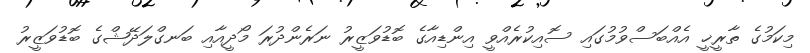
މިކަމުގެ ތާރީޚީ އެއްބަސްވުމުގައި ސޮއިކުރެއްވީ އިންޑިއާގެ ބޮޑުވަޒީރު ނަރެންދުރަ މޯދީއާއި ބަނގްލަދޭޝްގެ ބޮޑުވަޒީރު